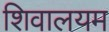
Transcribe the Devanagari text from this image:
शिवालयम